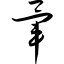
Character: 晕